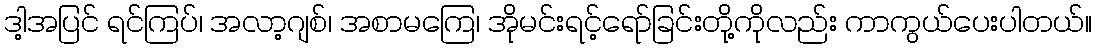
ဒါ့အပြင် ရင်ကြပ်၊ အလာ့ဂျစ်၊ အစာမကြေ၊ အိုမင်းရင့်ရော်ခြင်းတို့ကိုလည်း ကာကွယ်ပေးပါတယ်။